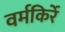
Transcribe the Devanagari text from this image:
वर्मकिर्रे